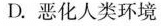
D.恶化人类环境